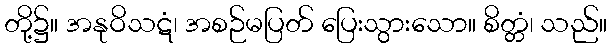
တို့၌။ အနုဝိသဋံ၊ အစဉ်မပြတ် ပြေးသွားသော။ စိတ္တံ၊ သည်။